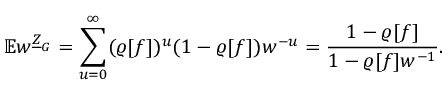
\mathbb { E } w ^ { \underline { { Z } } _ { G } } = \sum _ { u = 0 } ^ { \infty } ( \varrho [ f ] ) ^ { u } ( 1 - \varrho [ f ] ) w ^ { - u } = \frac { 1 - \varrho [ f ] } { 1 - \varrho [ f ] w ^ { - 1 } } .